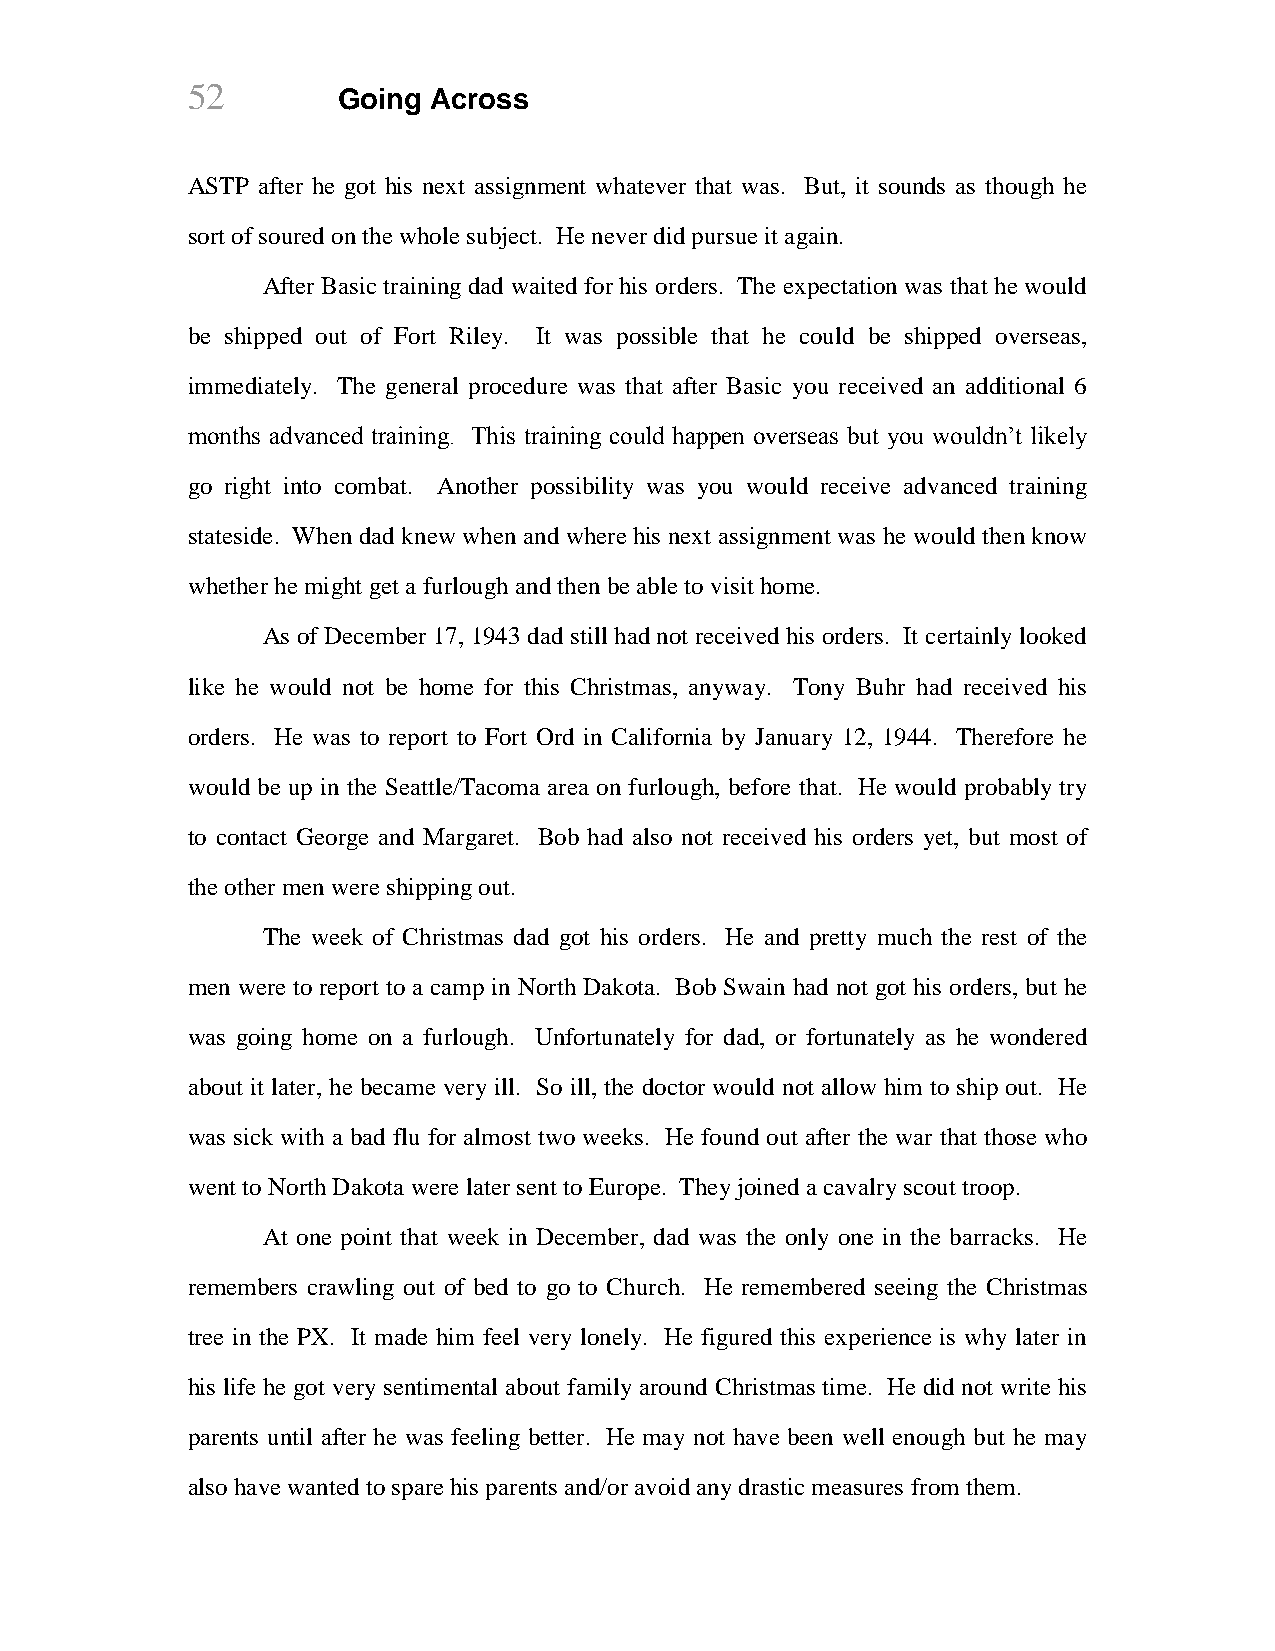
52        Going Across
 ASTP after he got his next assignment whatever that was. But, it sounds as though he
 sort of soured on the whole subject. He never did pursue it again.
 After Basic training dad waited for his orders. The expectation was that he would
 be shipped out of Fort Riley. It was possible that he could be shipped overseas,
 immediately. The general procedure was that after Basic you received an additional 6
 months advanced training. This training could happen overseas but you wouldn’t likely
 go right into combat. Another possibility was you would receive advanced training
 stateside. When dad knew when and where his next assignment was he would then know
 whether he might get a furlough and then be able to visit home.
 As of December 17, 1943 dad still had not received his orders. It certainly looked
 like he would not be home for this Christmas, anyway. Tony Buhr had received his
 orders. He was to report to Fort Ord in California by January 12, 1944. Therefore he
 would be up in the Seattle/Tacoma area on furlough, before that. He would probably try
 to contact George and Margaret. Bob had also not received his orders yet, but most of
 the other men were shipping out.
 The week of Christmas dad got his orders. He and pretty much the rest of the
 men were to report to a camp in North Dakota. Bob Swain had not got his orders, but he
 was going home on a furlough. Unfortunately for dad, or fortunately as he wondered
 about it later, he became very ill. So ill, the doctor would not allow him to ship out. He
 was sick with a bad flu for almost two weeks. He found out after the war that those who
 went to North Dakota were later sent to Europe. They joined a cavalry scout troop.
 At one point that week in December, dad was the only one in the barracks. He
 remembers crawling out of bed to go to Church. He remembered seeing the Christmas
 tree in the PX. It made him feel very lonely. He figured this experience is why later in
 his life he got very sentimental about family around Christmas time. He did not write his
 parents until after he was feeling better. He may not have been well enough but he may
 also have wanted to spare his parents and/or avoid any drastic measures from them.